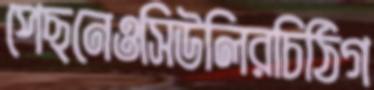
পেছনেওসিউলিরচিঠিগ